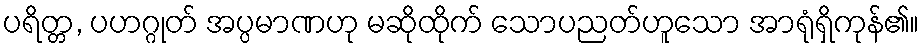
ပရိတ္တ, ပဟဂ္ဂုတ် အပ္ပမာဏဟု မဆိုထိုက် သောပညတ်ဟူသော အာရုံရှိကုန်၏။